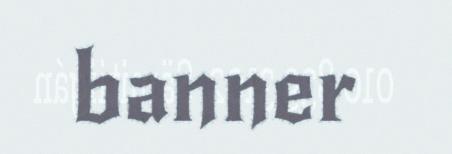
banner